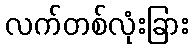
လက်တစ်လုံးခြား